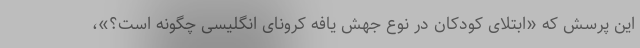
این پرسش که «ابتلای کودکان در نوع جهش یافه کرونای انگلیسی چگونه است؟»،